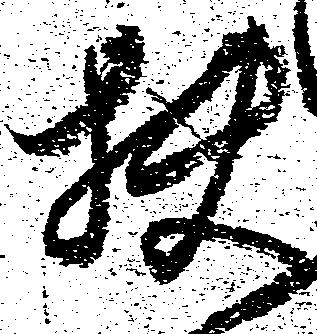
扶